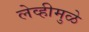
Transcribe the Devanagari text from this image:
लेव्हीमुळे